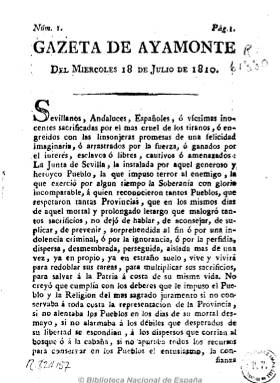
Título: Gazeta de Ayamonte
Otros títulos: Gaceta de Ayamonte
Colección: Gacetas
Ámbito geográfico: Huelva
Lugar de publicación: Ayamonte, Huelva
Fechas: 18/07/1810-14/11/1810

Fue el órgano oficial de la patriótica Junta de Sevilla refugiada Ayamonte (Huelva), en la raya con Portugal. En su estudio sobre los periódicos de la guerra de la Independencia, Gómez Imaz le dedica una atención especial al considerarlo un periódico “interesantísimo y “en cierto sentido sevillano”, pues sus contenidos están preferentemente referidos a los sucesos de esta provincia y son “de marcado interés para la historia de Sevilla”.

Su primer número es del 18 de julio de 1810. Se publicaba los miércoles, en cuarto y con ocho o doce páginas, y salía de la Imprenta del Gobierno, dirigiendo su difusión “á los pueblos libres de ésta y las demás provincias”. Publicó noticias de Madrid, Toledo y Badajoz, y por último las de Ayamonte, así como interesantísimos documentos, como la proclama a los pueblos del Condado de Niebla y Serranía de Andévalo y otros de carácter jurídico e histórico, alguno de ellos sólo publicado en sus páginas.

Gómez Imaz señala que acaso el  5 (15 ag. 1810) fue el último número publicado, aunque se publicó hasta el mes de octubre.